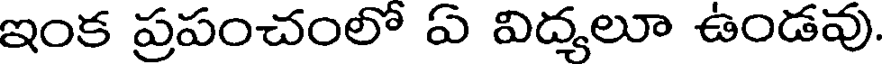
ఇంక ప్రపంచంలో ఏ విద్యలూ ఉండవు.